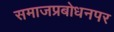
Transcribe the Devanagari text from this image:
समाजप्रबोधनपर